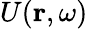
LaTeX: U(\textbf{r},\omega)